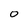
Character: Q